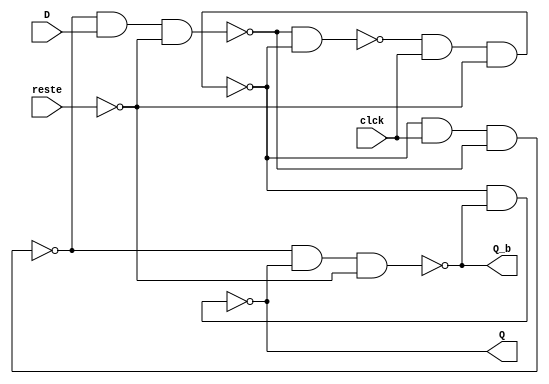
`timescale 1ns / 1ps
//////////////////////////////////////////////////////////////////////////////////
// Design source: Digital Design, Mano and Ciletti (p276)
// Module Name: DFF_Flickinger 
// Description: 
//////////////////////////////////////////////////////////////////////////////////


module _DFF(
    input D, clck, reste,
    output Q, Q_b
    );
    //top nand is 3, bottom is 0
    wire [3:0] _nand;
    
    assign _nand[3] = ~(_nand[0] & _nand[2]);
    assign _nand[2] = ~(_nand[3] & clck & ~reste);
    assign _nand[1] = ~(_nand[2] & clck & _nand[0]);
    assign _nand[0] = ~(_nand[1] & D & ~reste);
    
    assign Q = ~(_nand[2] & Q_b);
    assign Q_b = ~(_nand[1] & Q & ~reste);
    
endmodule